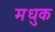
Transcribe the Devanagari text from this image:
मधुक